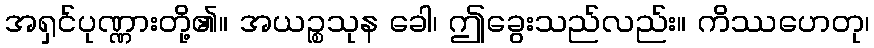
အရှင်ပုဏ္ဏားတို့၏။ အယဉ္စသုန ခေါ၊ ဤခွေးသည်လည်း။ ကိဿဟေတု၊